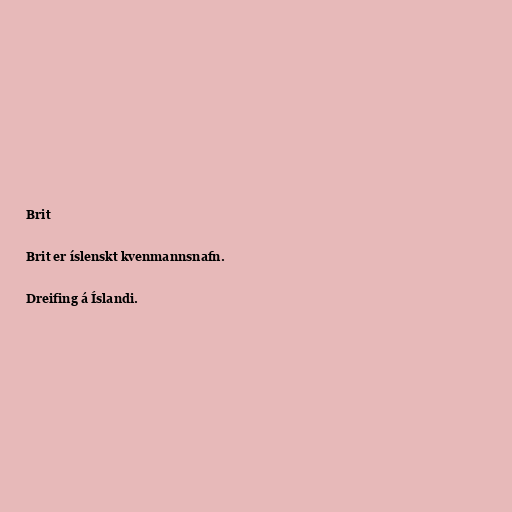
Brit

Brit er íslenskt kvenmannsnafn.

Dreifing á Íslandi.